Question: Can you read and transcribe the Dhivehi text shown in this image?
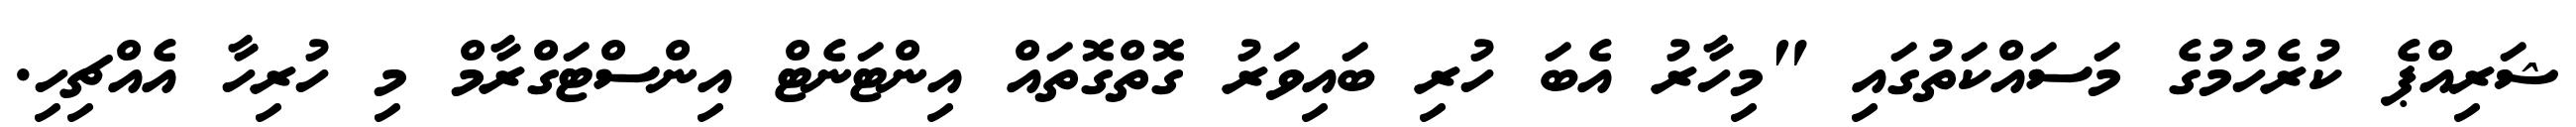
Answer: ޝަރިއްޕެ ކުރެހުމުގެ މަސައްކަތުގައި "މިހާރު އެބަ ހުރި ބައިވަރު ގޮތްގޮތައް އިންޓަނެޓް އިންސްޓަގްރާމް މި ހުރިހާ އެއްޗިހި.